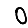
Digit: 0